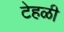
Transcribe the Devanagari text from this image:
टेहळी